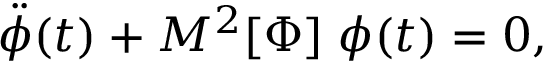
\ddot { \phi } ( t ) + M ^ { 2 } [ \Phi ] \; \phi ( t ) = 0 ,